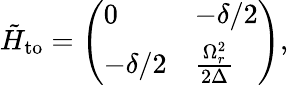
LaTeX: \tilde{H}_{\mathrm{to}}=\left(\begin{array}{ll}{0}&{-\delta/2}\\ {-\delta/2}&{\frac{\Omega_{r}^{2}}{2\Delta}}\end{array}\right),